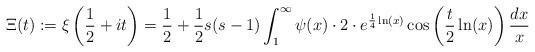
LaTeX: \begin{align*} \Xi(t) := \xi\left(\frac{1}{2}+it\right) = \frac{1}{2}+\frac{1}{2}s(s-1)\int_1^\infty \psi(x) \cdot 2 \cdot e^{\frac{1}{4}\ln(x)}\cos\left(\frac{t}{2}\ln(x)\right)\frac{dx}{x}\end{align*}